Indian journal of veterinary science and animal husbandry - Volumes 24-25, 1954-1955
Year: 1954
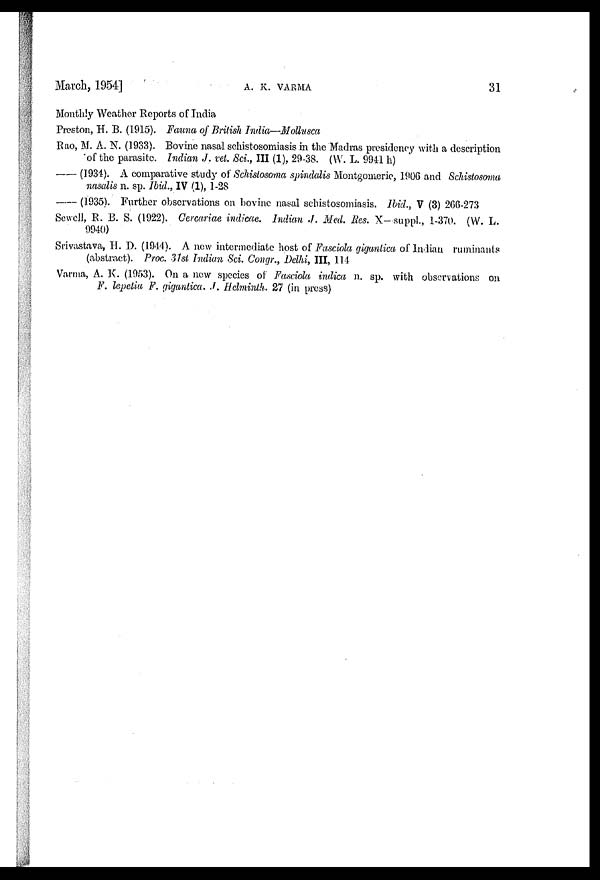
March, 1954]
A.
K.
VARMA
31
Monthly Weather Reports of India
Preston, H. B. (1915). Fauna of British India—Mollusca
Rao, M. A. N. (1933). Bovine nasal schistosomiasis in the Madras presidency with a description
of the parasite. Indian J. vet. Sci., III (1), 29-38. (W. L. 9941 h)
— (1934). A comparative study of Schistosoma spindalis Montgomerie, 1906 and Schistosoma
nasalis n. sp. Ibid., IV (1), 1-28
— (1935). Further observations on bovine nasal schistosomiasis. Ibid., V (3) 266-273
Sewell, R. B. S. (1922). Cercariae indicae. Indian J. Med. Res. X-suppl., 1-370. (W. L.
9940)
Srivastava, H. D. (1944). A new intermediate host of Fasciola gigantica of Indian ruminants
(abstract). Proc. 31st Indian Sci. Congr., Delhi, III, 114
Varma, A. K. (1953). On a new species of Fasciola indica n. sp. with observations on
F. lepetia F. gigantica. J. Helminth. 27 (in press)